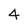
Character: 4